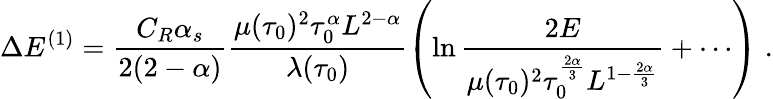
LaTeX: \Delta E^{(1)}=\frac{C_{R}\alpha_{s}}{2(2-\alpha)}\frac{\mu(\tau_{0})^{2}\tau_{0}^{\alpha}L^{2-\alpha}}{\lambda(\tau_{0})}\left(\ln\frac{2E}{\mu(\tau_{0})^{2}\tau_{0}^{\frac{2\alpha}{3}}L^{1-\frac{2\alpha}{3}}}+\cdots\right)\; .